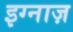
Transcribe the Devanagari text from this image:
इग्नाज़